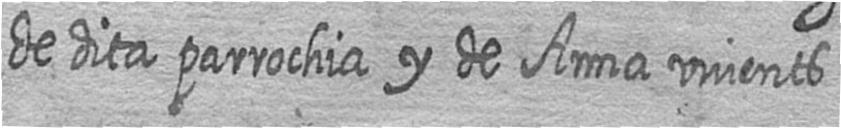
de dita parrochia y de Anna vivents